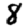
Digit: 8